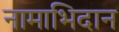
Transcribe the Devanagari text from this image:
नामाभिदान